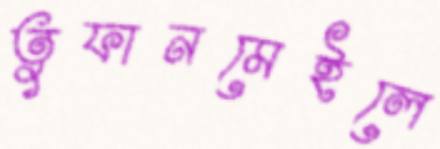
তুফানমেইলে